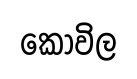
කොවිල